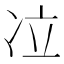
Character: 𰃹